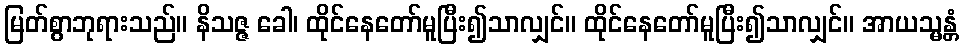
မြတ်စွာဘုရားသည်။ နိသဇ္ဇ ခေါ၊ ထိုင်နေတော်မူပြီး၍သာလျှင်။ ထိုင်နေတော်မူပြီး၍သာလျှင်။ အာယသ္မန္တံ